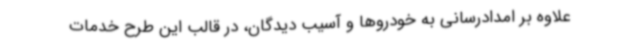
علاوه بر امدادرسانی به خودروها و آسیب دیدگان، در قالب این طرح خدمات